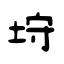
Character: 垨